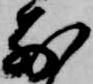
前